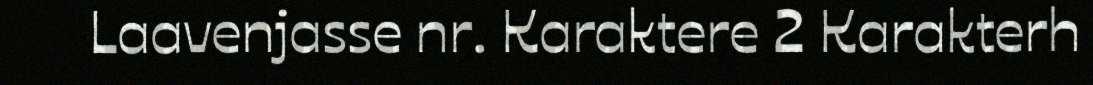
Laavenjasse nr. Karaktere 2 Karakterh